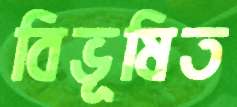
বিভূষিত